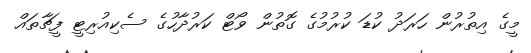
މީގެ އިތުރުން ހަރަދު ކުޑަ ކުރުމުގެ ގޮތުން ވޯޓް ކަރުދާހުގެ ސެކިއުރިޓީ ފީޗާތައް